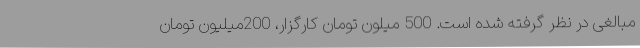
مبالغی در نظر گرفته شده است. 500 میلون تومان کارگزار، 200میلیون تومان